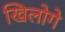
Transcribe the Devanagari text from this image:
खिलोगे